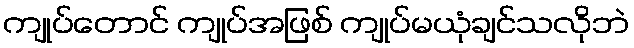
ကျုပ်တောင် ကျုပ်အဖြစ် ကျုပ်မယုံချင်သလိုဘဲ